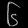
Digit: ၆